Indian journal of veterinary science and animal husbandry - Volumes 18-21, 1948-1951
Year: 1948
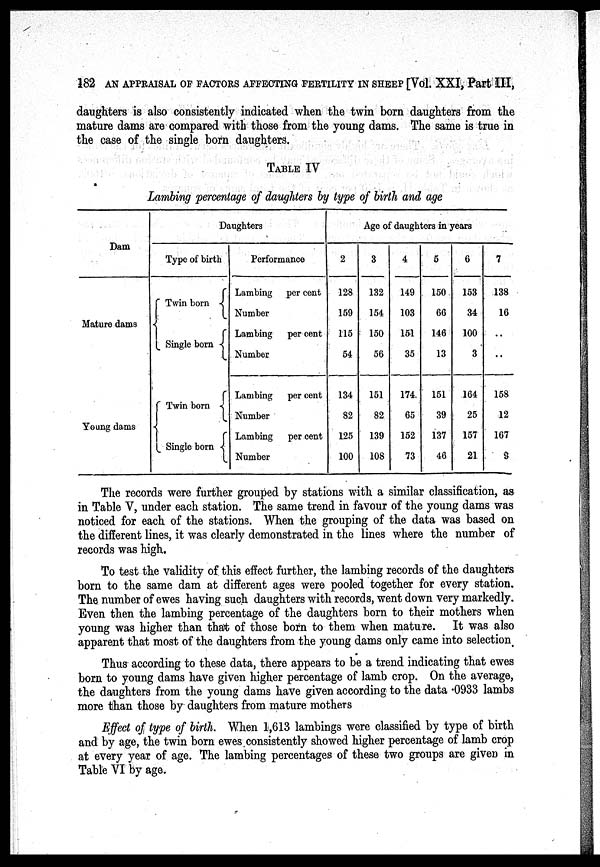
182 AN APPRAISAL OF FACTORS AFFECTING FERTILITY IN SHEEP [Vol. XXI, Part III,
daughters is also consistently indicated when the twin born daughters from the
mature dams are compared with those from the young dams. The same is true in
the case of the single born daughters.
TABLE IV
Lambing percentage of daughters by type of birth and age
Dam
Mature dams
Young dams
Daughters
Type of birth
Twin born
Single born
Twin born
Single born
Performance
Lambing
Number
Lambing
Number
Lambing
Number
Lambing
Number
per cent
per cent
per cent
per cent
Age of daughters in years
2
128
159
115
54
134
82
125
100
3
132
154
150
56
151
82
139
108
4
149
103
151
35
174
65
152
73
5
150
66
146
13
151
39
137
46
6
153
34
100
3
164
25
157
21
7
138
16
..
. .
158
12
167
9
The records were further grouped by stations with a similar classification, as
in Table V, under each station. The same trend in favour of the young dams was
noticed for each of the stations. When the grouping of the data was based on
the different lines, it was clearly demonstrated in the lines where the number of
records was high.
To test the validity of this effect further, the lambing records of the daughters
born to the same dam at different ages were pooled together for every station.
The number of ewes having such daughters with records, went down very markedly.
Even then the lambing percentage of the daughters born to their mothers when
young was higher than that of those born to them when mature. It was also
apparent that most of the daughters from the young dams only came into selection
Thus according to these data, there appears to be a trend indicating that ewes
born to young dams have given higher percentage of lamb crop. On the average,
the daughters from the young dams have given according to the data .0933 lambs
more than those by daughters from mature mothers
Effect of type of birth. When 1,613 lambings were classified by type of birth
and by age, the twin born ewes consistently showed higher percentage of lamb crop
at every year of age. The lambing percentages of these two groups are given in
Table VI by age.